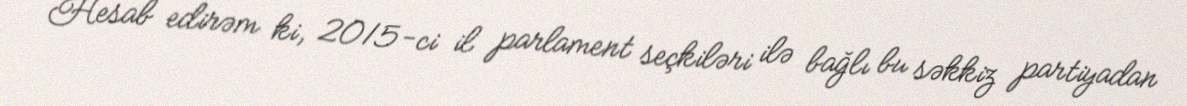
Hesab edirəm ki, 2015-ci il parlament seçkiləri ilə bağlı bu səkkiz partiyadan